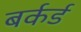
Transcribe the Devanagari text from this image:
बर्कर्ड